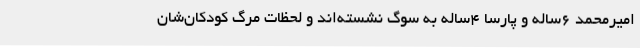
امیرمحمد 6ساله و پارسا 4ساله به سوگ نشسته‌اند و لحظات مرگ کودکان‌شان